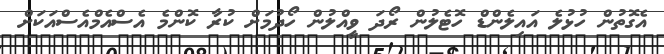
އެގޮތުން ހުޅުލެ އައިލެންޑް ހޮޓެލުން ރޯދަ ވީއްލުން ހޯދުމަށް ކުރާ ކޮންމެ އެސްއެމްއެސްއަކަށް